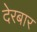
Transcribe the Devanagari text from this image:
देरबार